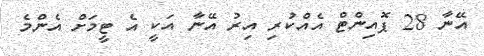
އޭނާ 28 ޕޮއިންޓް އެއްކުރި އިރު އޭނާ އަކީ އެ ޓީމަށް އެންމެ